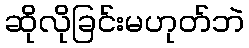
ဆိုလိုခြင်းမဟုတ်ဘဲ